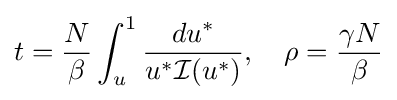
t={\frac {N}{\beta }}\int _{u}^{1}{\frac {du^{*}}{u^{*}{\mathcal {I}}(u^{*})}},\quad \rho ={\frac {\gamma N}{\beta }}